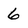
Character: 6